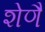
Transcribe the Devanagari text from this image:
शेणै